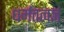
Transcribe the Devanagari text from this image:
धर्मतत्वज्ञ